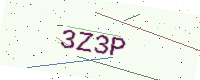
Text: 3Z3P